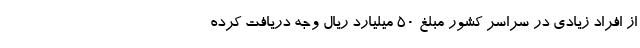
از افراد زیادی در سراسر کشور مبلغ ۵۰ میلیارد ریال وجه دریافت کرده